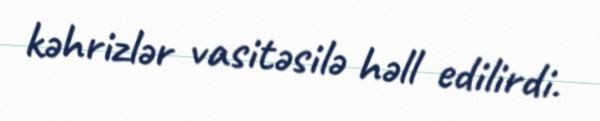
kəhrizlər vasitəsilə həll edilirdi.